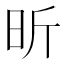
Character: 昕